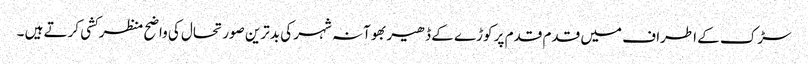
سڑک کے اطراف میں قدم قدم پر کوڑے کے ڈھیر بھوآنہ شہر کی بدترین صورتحال کی واضح منظرکشی کرتے ہیں ۔